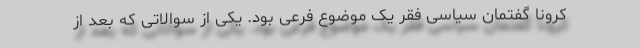
کرونا گفتمان سیاسی فقر یک موضوع فرعی بود. یکی از سوالاتی که بعد از